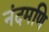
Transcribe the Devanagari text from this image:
नंदमणि